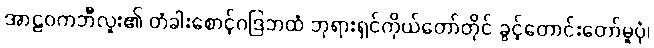
အာဠဝကဘီလူး၏ တံခါးစောင့်ဂဒြဘထံ ဘုရားရှင်ကိုယ်တော်တိုင် ခွင့်တောင်းတော်မူပုံ၊